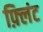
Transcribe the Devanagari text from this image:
फ़्लिंट